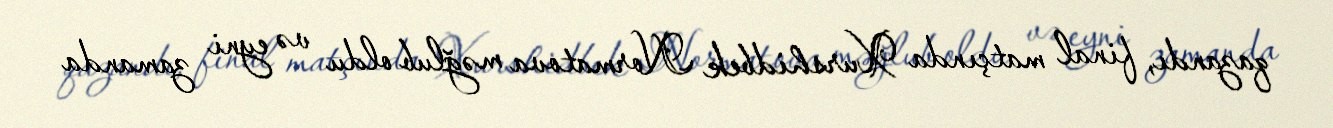
qazandı, final matçında Xurshidbek Normatova məğlub oldu və eyni zamanda